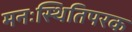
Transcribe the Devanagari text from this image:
मनःस्थितिपरक